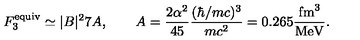
F _ { 3 } ^ { \mathrm { e q u i v } } \simeq \vert B \vert ^ { 2 } 7 A , \qquad A = \frac { 2 \alpha ^ { 2 } } { 4 5 } \frac { ( \hbar / m c ) ^ { 3 } } { m c ^ { 2 } } = 0 . 2 6 5 \frac { \mathrm { f m } ^ { 3 } } { \mathrm { M e V } } .